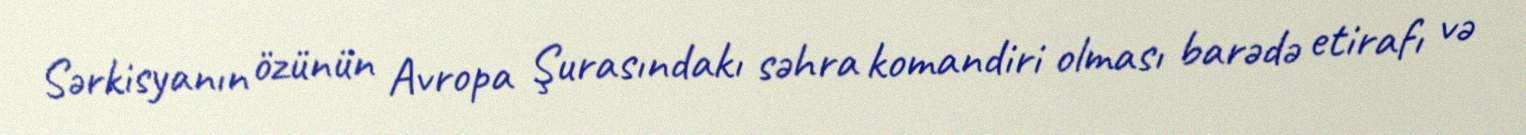
Sərkisyanın özünün Avropa Şurasındakı səhra komandiri olması barədə etirafı və